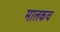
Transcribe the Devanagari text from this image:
मालकच